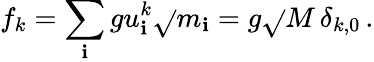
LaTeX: f_{k}=\sum_{\mathbf{i}}gu_{\mathbf{i}}^{k}\sqrt{}{{m_{\mathbf{i}}}}=g\sqrt{}{{M}}\, \delta_{k,0}\, .